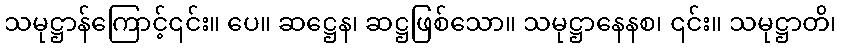
သမုဋ္ဌာန်ကြောင့်၎င်း။ ပေ။ ဆဋ္ဌေန၊ ဆဋ္ဌဖြစ်သော။ သမုဋ္ဌာနေနစ၊ ၎င်း။ သမုဋ္ဌာတိ၊